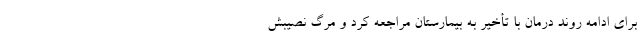
برای ادامه روند درمان با تأخیر به بیمارستان مراجعه کرد و مرگ نصیبش